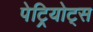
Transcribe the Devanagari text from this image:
पेट्रियोट्स